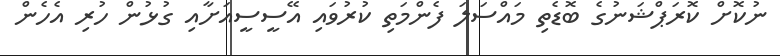
ނުކޮށް ކޮރަޕްޝަނުގެ ބޮޑެތި މައްސަލަ ފެންމަތި ކުރުވައި އޭސީސީއަށާއި ގުޅުން ހުރި އެހެން